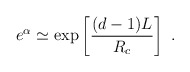
\begin{align*}e^\alpha \simeq \exp\left[\frac{(d-1) L}{R_c} \right] \ .\end{align*}